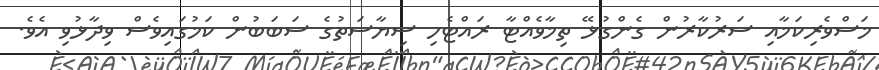
މަސްވެރިކަމާއި ސަރުކާރުން ގެންގުޅޭ ތިމާވެއްޓާ ރައްޓެހި ސިޔާސަތުގެ ސަބަބުން ކަމުގައިވެސް ވިދާޅުވި އެވެ.